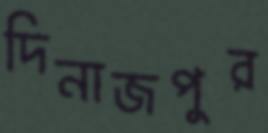
দিনাজপুর